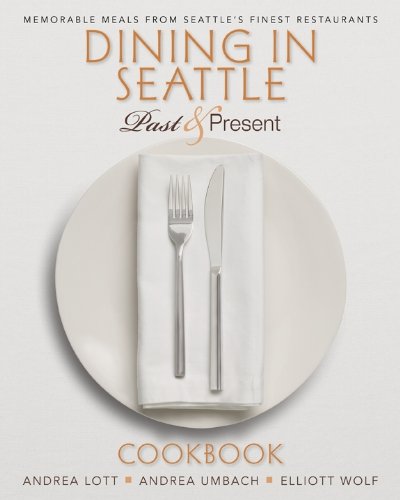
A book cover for Dining In Seattle: Past & Present; Andrea Lott; Cookbooks, Food & Wine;